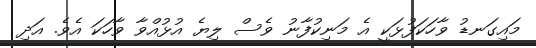
މައިގަނޑު ވާހަކަފުޅަކީ އެ މަނިކުފާނު ވެސް ލިޔެ އުޅުއްވާ ވާހަކަ އެވެ. އަދި